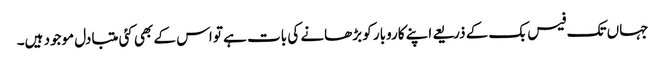
جہاں تک فیس بک کے ذریعے اپنے کاروبار کو بڑھانے کی بات ہے تو اس کے بھی کئی متبادل موجود ہیں۔